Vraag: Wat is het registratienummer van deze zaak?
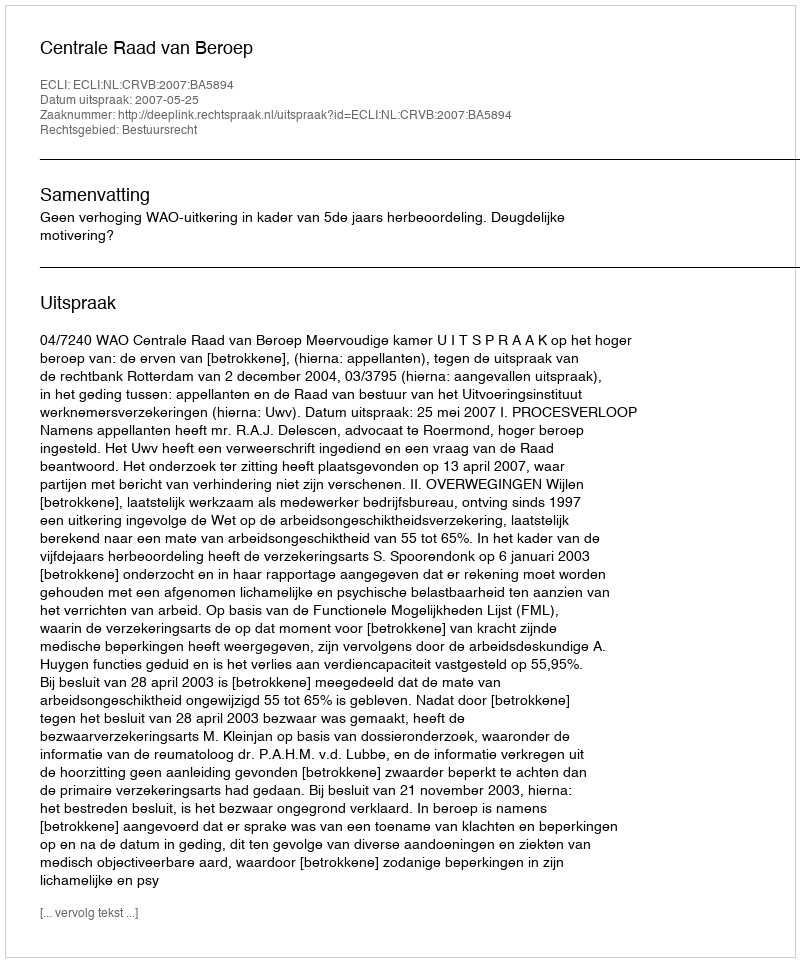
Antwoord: http://deeplink.rechtspraak.nl/uitspraak?id=ECLI:NL:CRVB:2007:BA5894